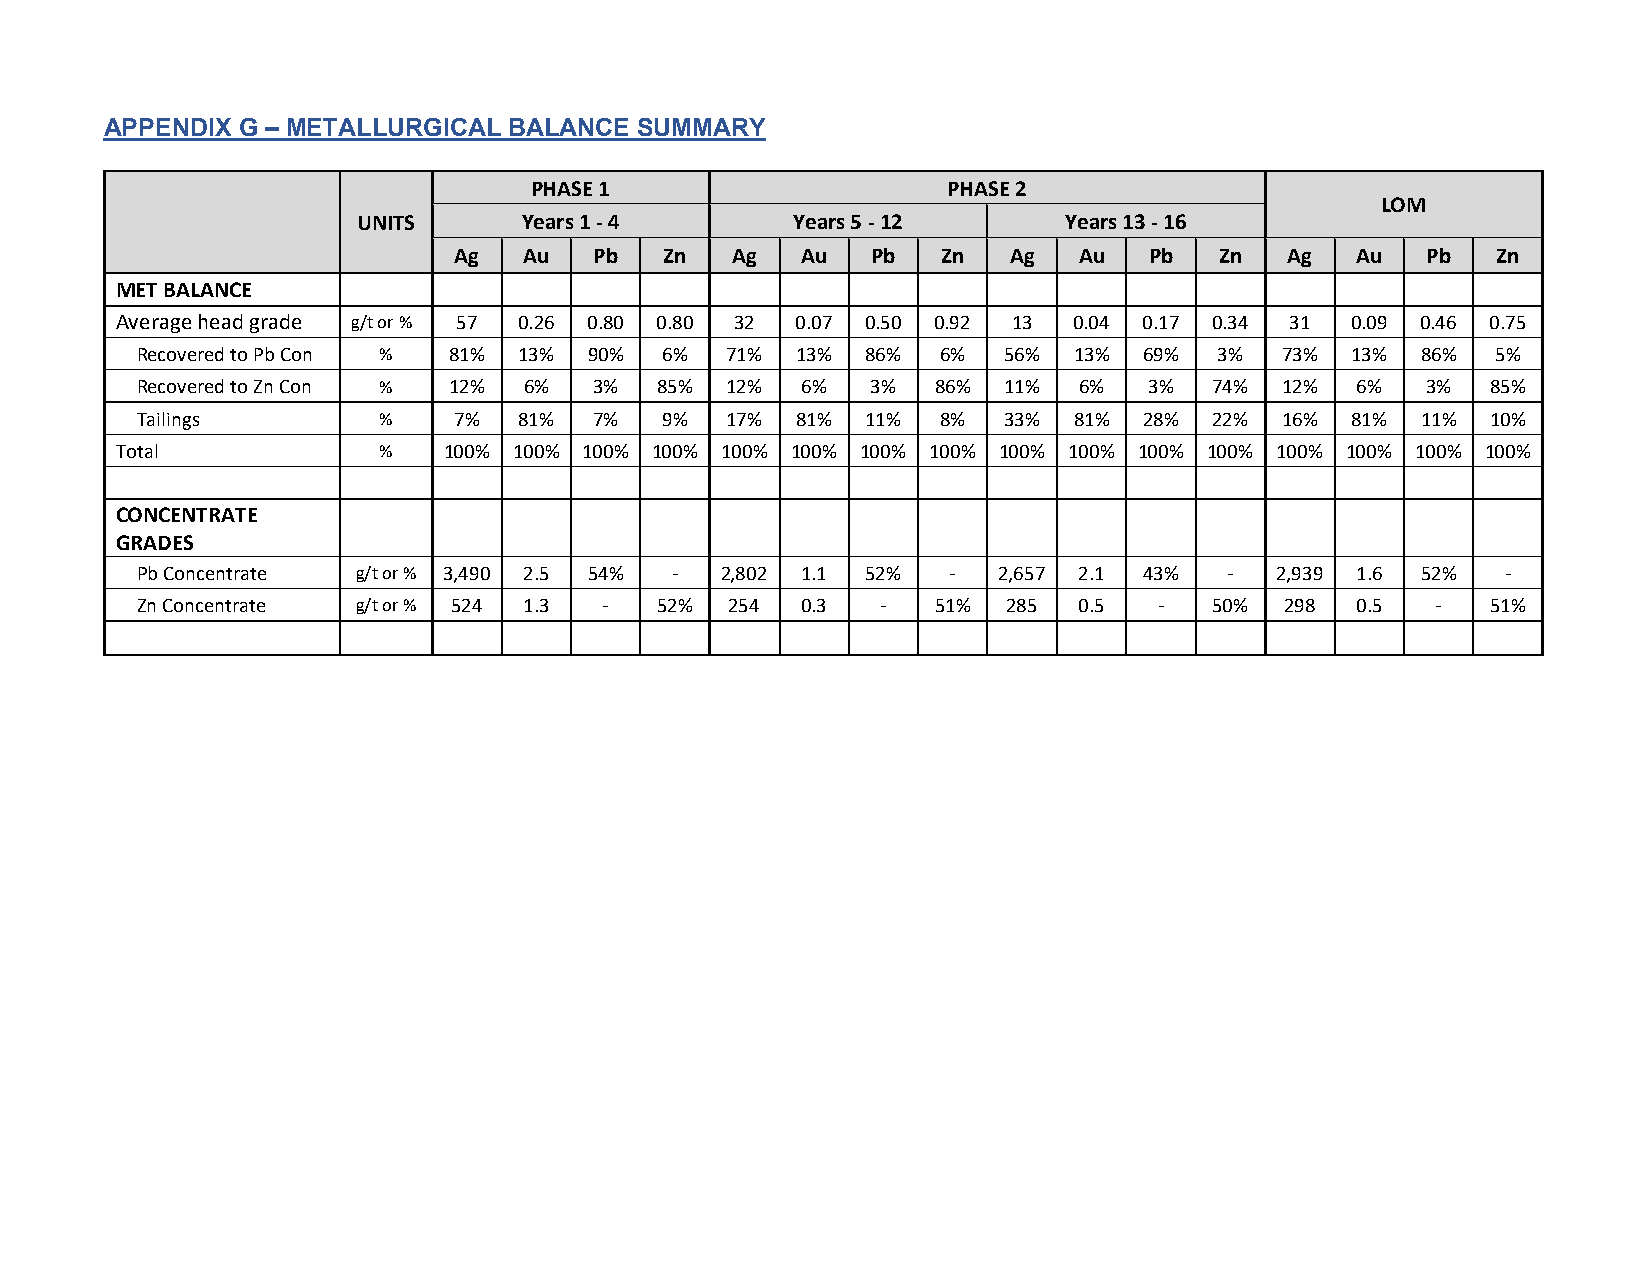
APPENDIX G – METALLURGICAL BALANCE SUMMARY
 PHASE 1                     PHASE 2
 LOM
 UNITS      Years 1 - 4      Years 5 - 12      Years 13 - 16
 Ag   Au  Pb   Zn  Ag   Au   Pb  Zn   Ag  Au   Pb   Zn  Ag   Au  Pb   Zn
 MET BALANCE
 Average head grade g/t or % 57 0.26 0.80 0.80 32 0.07 0.50 0.92 13 0.04 0.17 0.34 31 0.09 0.46 0.75
 Recovered to Pb Con % 81% 13% 90%  6%  71%  13% 86%  6%  56%  13%  69%  3%  73% 13%  86%  5%
 Recovered to Zn Con % 12% 6%  3%  85%  12%  6%   3%  86% 11%  6%   3%  74%  12%  6%  3%   85%
 Tailings        %    7%  81%  7%   9%  17%  81% 11%  8%  33%  81%  28% 22%  16% 81%  11%  10%
 Total            %   100% 100% 100% 100% 100% 100% 100% 100% 100% 100% 100% 100% 100% 100% 100% 100%
 CONCENTRATE
 GRADES
 Pb Concentrate g/t or % 3,490 2.5 54% - 2,802 1.1 52% -  2,657 2.1 43%  -  2,939 1.6 52%   -
 Zn Concentrate g/t or % 524 1.3 - 52%  254  0.3  -   51%  285 0.5   -  50%  298  0.5  -   51%